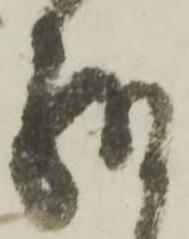
給